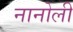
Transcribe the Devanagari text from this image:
नानोली